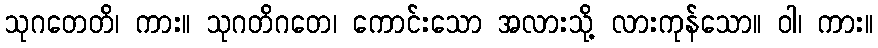
သုဂတေတိ၊ ကား။ သုဂတိဂတေ၊ ကောင်းသော အလားသို့ လားကုန်သော။ ဝါ၊ ကား။